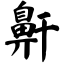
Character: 鼾